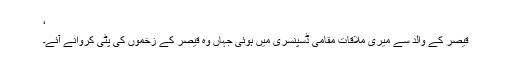
‘
قیصر کے والد سے میری ملاقات مقامی ڈسپنسری میں ہوئی جہاں وہ قیصر کے زخموں کی پٹی کروانے آئے۔